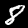
Label: 8